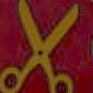
X